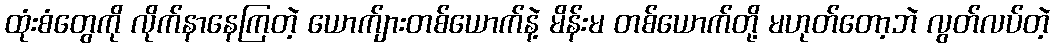
ထုံးစံတွေကို လိုက်နာနေကြတဲ့ ယောက်ျားတစ်ယောက်နဲ့ မိန်းမ တစ်ယောက်တို့ မဟုတ်တော့ဘဲ လွတ်လပ်တဲ့